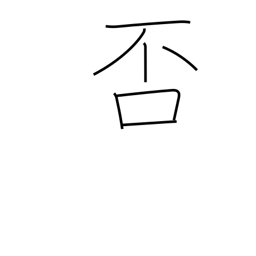
Meaning: decline